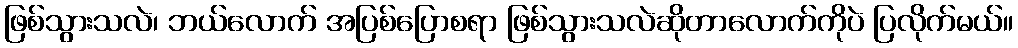
ဖြစ်သွားသလဲ၊ ဘယ်လောက် အပြစ်ပြောစရာ ဖြစ်သွားသလဲဆိုတာလောက်ကိုပဲ ပြလိုက်မယ်။